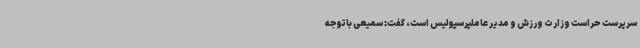
سرپرست حراست وزارت ورزش و مدیر عاملپرسپولیس است، گفت: سمیعی باتوجه